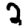
Digit: 2